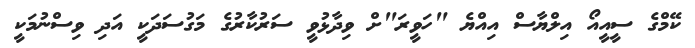
ކޭމްގެ ސީއީއޯ އިލްޔާސް އިއްޔެ "ހަވީރަ"ށް ވިދާޅުވީ ސަރުކާރުގެ މަގުސަދަކީ އަދި ވިސްނުމަކީ